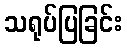
သရုပ်ပြခြင်း